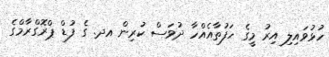
ހުޅުވައިލި އިރު މީގެ ހަފުތާއެއްހާ ދުވަސް ކުރިން އދ. ގެ ފުޑް ޕްރޮގްރާމްގެ